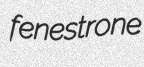
fenestrone